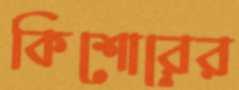
কিশোরের